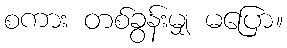
စကား တစ်ခွန်းမျှ မပြော။